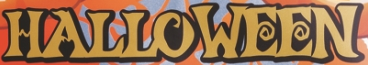
HALLOWEEN